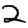
Digit: 2